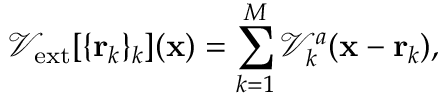
\mathcal { V } _ { \mathrm { e x t } } [ \{ { \bf r } _ { k } \} _ { k } ] ( { \bf x } ) = \sum _ { k = 1 } ^ { M } { \mathcal { V } _ { k } ^ { a } ( { \bf x } - { \bf r } _ { k } ) } ,